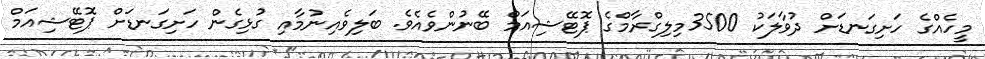
މީހެއްގެ ހަށިގަނޑަށް ދުވާލަކު 3500މިލިގްރާމްގެ ޕޮޓޭޝިއަމް ބޭނުންވެއެވެ. ބަލިވެއިނުމާއި ގުޅިގެން ހަށިގަނޑަށް ޕޮޓޭޝިއަމް